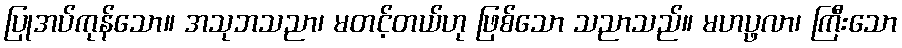
ပြုအပ်ကုန်သော။ အသုဘသညာ၊ မတင့်တယ်ဟု ဖြစ်သော သညာသည်။ မဟပ္ဖလာ၊ ကြီးသော